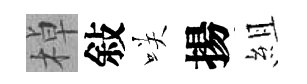
棹敍咲揚組